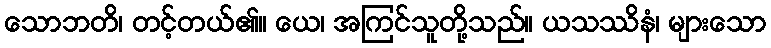
သောဘတိ၊ တင့်တယ်၏။ ယေ၊ အကြင်သူတို့သည်။ ယသဿိနံ၊ များသော